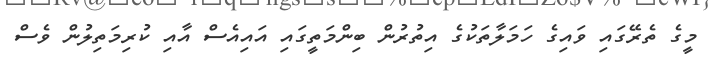
މީގެ ތެރޭގައި ވައިގެ ހަމަލާތަކުގެ އިތުރުން ބިންމަތީގައި އައިއެސް އާއި ކުރިމަތިލުން ވެސް